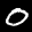
Label: 0